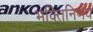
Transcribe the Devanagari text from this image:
भक्तिनिर्णय